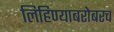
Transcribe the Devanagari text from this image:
लिहिण्याबरोबरच